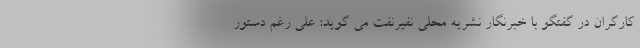
کارگران در گفتگو با خبرنگار نشریه محلی نفیرنفت می گوید: علی رغم دستور